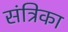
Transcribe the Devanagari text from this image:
संत्रिका